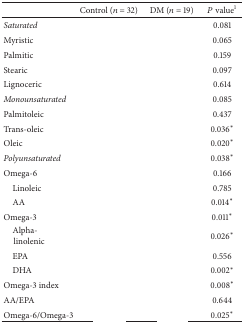
<table><thead><tr><td>[EMPTY_CELL]</td><td><b>Control (<i>n</i> = 32)</b></td><td><b>DM (<i>n</i> = 19)</b></td><td><b><i>P</i> value<sup>1</sup></b></td></tr></thead><tbody><tr><td><i>Saturated </i></td><td>[EMPTY_CELL]</td><td>[EMPTY_CELL]</td><td>0.081</td></tr><tr><td> Myristic</td><td>[EMPTY_CELL]</td><td>[EMPTY_CELL]</td><td>0.065</td></tr><tr><td> Palmitic</td><td>[EMPTY_CELL]</td><td>[EMPTY_CELL]</td><td>0.159</td></tr><tr><td> Stearic</td><td>[EMPTY_CELL]</td><td>[EMPTY_CELL]</td><td>0.097</td></tr><tr><td> Lignoceric</td><td>[EMPTY_CELL]</td><td>[EMPTY_CELL]</td><td>0.614</td></tr><tr><td><i>Monounsaturated </i></td><td>[EMPTY_CELL]</td><td>[EMPTY_CELL]</td><td>0.085</td></tr><tr><td> Palmitoleic</td><td>[EMPTY_CELL]</td><td>[EMPTY_CELL]</td><td>0.437</td></tr><tr><td> Trans-oleic</td><td>[EMPTY_CELL]</td><td>[EMPTY_CELL]</td><td>0.036<sup>*</sup></td></tr><tr><td> Oleic</td><td>[EMPTY_CELL]</td><td>[EMPTY_CELL]</td><td>0.020<sup>*</sup></td></tr><tr><td><i>Polyunsaturated </i></td><td>[EMPTY_CELL]</td><td>[EMPTY_CELL]</td><td>0.038<sup>*</sup></td></tr><tr><td>Omega-6</td><td>[EMPTY_CELL]</td><td>[EMPTY_CELL]</td><td>0.166</td></tr><tr><td>Linoleic</td><td>[EMPTY_CELL]</td><td>[EMPTY_CELL]</td><td>0.785</td></tr><tr><td>AA</td><td>[EMPTY_CELL]</td><td>[EMPTY_CELL]</td><td>0.014<sup>*</sup></td></tr><tr><td>Omega-3</td><td>[EMPTY_CELL]</td><td>[EMPTY_CELL]</td><td>0.011<sup>*</sup></td></tr><tr><td>Alpha-linolenic</td><td>[EMPTY_CELL]</td><td>[EMPTY_CELL]</td><td>0.026<sup>*</sup></td></tr><tr><td>EPA</td><td>[EMPTY_CELL]</td><td>[EMPTY_CELL]</td><td>0.556</td></tr><tr><td> DHA</td><td>[EMPTY_CELL]</td><td>[EMPTY_CELL]</td><td>0.002<sup>*</sup></td></tr><tr><td>Omega-3 index</td><td>[EMPTY_CELL]</td><td>[EMPTY_CELL]</td><td>0.008<sup>*</sup></td></tr><tr><td>AA/EPA</td><td>[EMPTY_CELL]</td><td>[EMPTY_CELL]</td><td>0.644</td></tr><tr><td>Omega-6/Omega-3</td><td>[EMPTY_CELL]</td><td>[EMPTY_CELL]</td><td>0.025<sup>*</sup></td></tr></tbody></table>